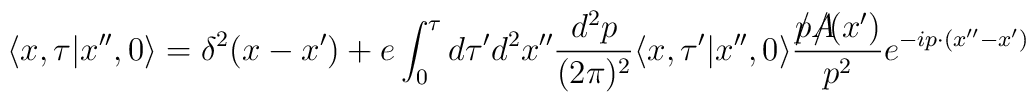
\langle x,\tau\vert x'',0\rangle=\delta^2(x-x')+e\int_0^\tau d\tau'd^2x''{d^2p\over (2\pi)^2}\langle x,\tau'\vert x'',0\rangle {p\!\!\!\slash A\!\!\!\!\slash(x')\over p^2}e^{-ip\cdot (x''-x')}\;\;